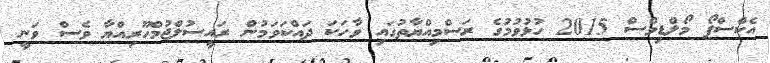
އެކްސްޕޯ މޯލްޑިވްސް 2015 ހުޅުވުމުގެ ރަސްމިއްޔާތުގައި ވާހަކަ ދައްކަވަމުން ރައީސުލްޖުމްހޫރިއްޔާ ވެސް ވަނީ